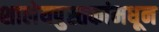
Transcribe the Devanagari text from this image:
शालेयपुस्तकांमधून